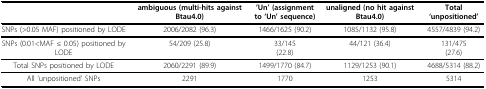
|  | ambiguous (multi-hits against Btau4.0) | 'Un' (assignment to 'Un' sequence) | unaligned (no hit against Btau4.0) | Total 'unpositioned' |
 | --- | --- | --- | --- | --- |
 | SNPs (>0.05 MAF) positioned by LODE | 2006/2082 (96.3) | 1466/1625 (90.2) | 1085/1132 (95.8) | 4557/4839 (94.2) |
 | SNPs (0.01<MAF ≤ 0.05) positioned by LODE | 54/209 (25.8) | 33/145(22.8) | 44/121 (36.4) | 131/475(27.6) |
 | Total SNPs positioned by LODE | 2060/2291 (89.9) | 1499/1770 (84.7) | 1129/1253 (90.1) | 4688/5314 (88.2) |
 | All 'unpositioned' SNPs | 2291 | 1770 | 1253 | 5314 |